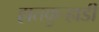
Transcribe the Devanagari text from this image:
हातकुर्‍हाडी